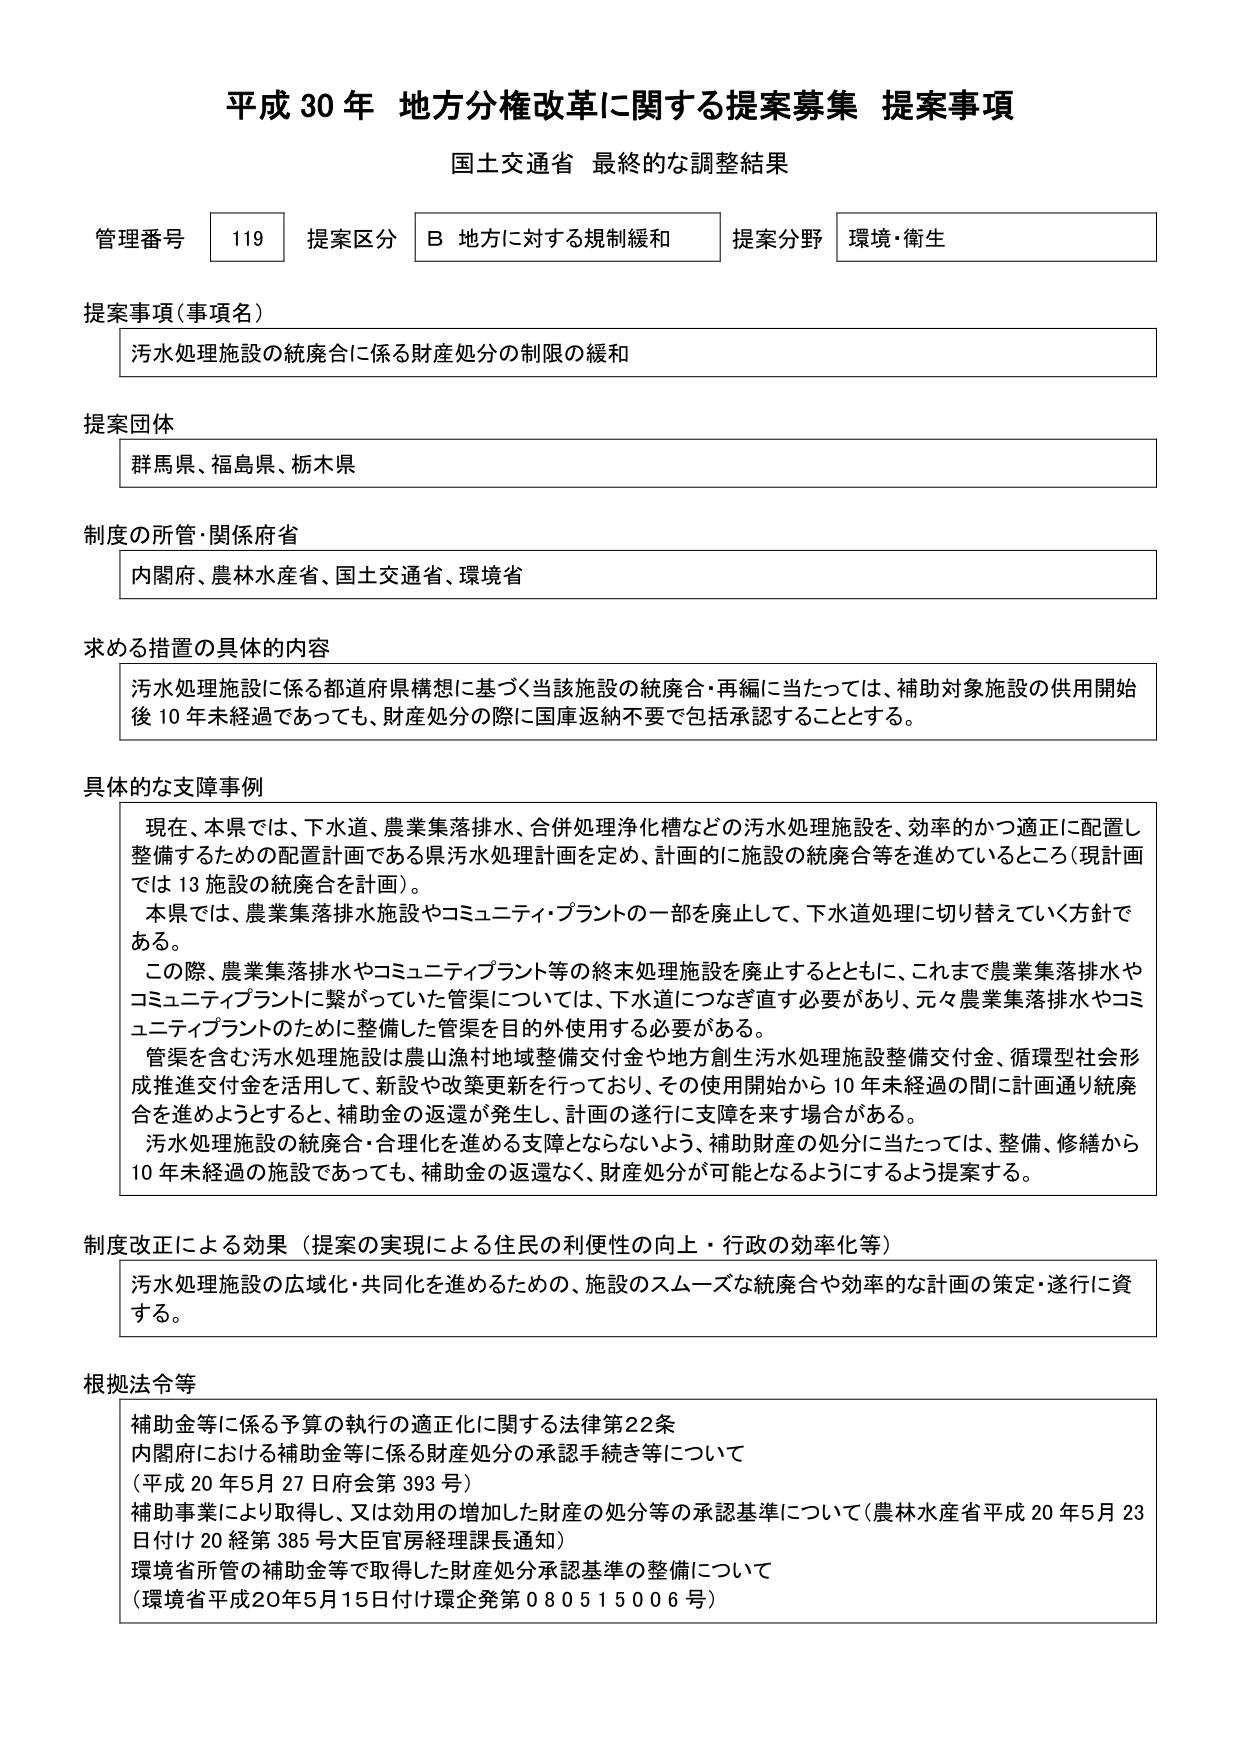
平成30年 地方分権改革に関する提案募集 提案事項
国土交通省 最終的な調整結果

管理番号 119 提案区分 B 地方に対する規制緩和 提案分野 環境・衛生

提案事項（事項名）
汚水処理施設の統廃合に係る財産処分の制限の緩和

提案団体
群馬県、福島県、栃木県

制度の所管・関係府省
内閣府、農林水産省、国土交通省、環境省

求める措置の具体的内容
汚水処理施設に係る都道府県構想に基づく当該施設の統廃合・再編に当たっては、補助対象施設の供用開始後10年未経過であっても、財産処分の際に国庫返納不要で包括承認することとする。

具体的な支障事例
現在、本県では、下水道、農業集落排水、合併処理浄化槽などの汚水処理施設を、効率的かつ適正に配置し整備するための配置計画である県汚水処理計画を定め、計画的に施設の統廃合等を進めているところ（現計画では13施設の統廃合を計画）。
本県では、農業集落排水施設やコミュニティ・プラントの一部を廃止して、下水道処理に切り替えていく方針である。
この際、農業集落排水やコミュニティプラント等の終末処理施設を廃止するとともに、これまで農業集落排水やコミュニティプラントに繋がっていた管渠については、下水道につなぎ直す必要があり、元々農業集落排水やコミュニティプラントのために整備した管渠を目的外使用する必要がある。
管渠を含む汚水処理施設は農山漁村地域整備交付金や地方創生汚水処理施設整備交付金、循環型社会形成推進交付金を活用して、新設や改築更新を行っており、その使用開始から10年未経過の間に計画通り統廃合を進めようとするとき、補助金の返還が発生し、計画の遂行に支障を来す場合がある。
汚水処理施設の統廃合・合理化を進める支障とならないよう、補助財産の処分に当たっては、整備、修繕から10年未経過の施設であっても、補助金の返還なく、財産処分が可能となるようにするよう提案する。

制度改正による効果（提案の実現による住民の利便性の向上・行政の効率化等）
汚水処理施設の広域化・共同化を進めるための、施設のスムーズな統廃合や効率的な計画の策定・遂行に資する。

根拠法令等
補助金等に係る予算の執行の適正化に関する法律第22条
内閣府における補助金等に係る財産処分の承認手続き等について
（平成20年5月27日府会第393号）
補助事業により取得し、又は効用の増加した財産の処分等の承認基準について（農林水産省平成20年5月23日付け20経第385号大臣官房経理課長通知）
環境省所管の補助金等で取得した財産処分承認基準の整備について
（環境省平成20年5月15日付け環企発第080515006号）